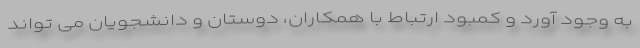
به وجود آورد و کمبود ارتباط با همکاران، دوستان و دانشجویان می تواند